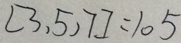
[ 3 , 5 , 7 ] = 1 0 5